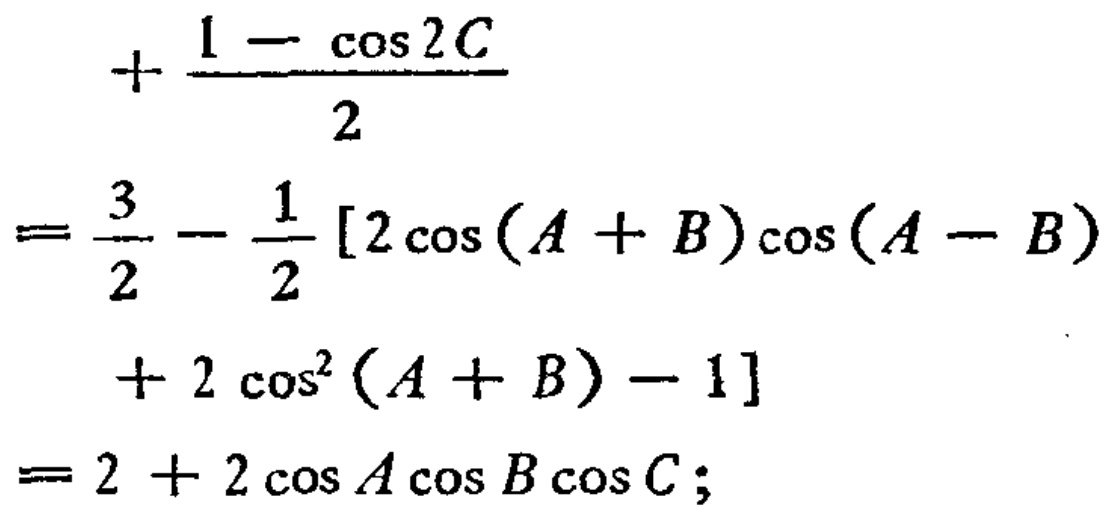
\[

\begin{align*}

&+\frac{1 - \cos 2C}{2}\\

=&\frac{3}{2}-\frac{1}{2}[2\cos(A + B)\cos(A - B)\\

&\quad+ 2\cos^{2}(A + B)-1]\\

=&2 + 2\cos A\cos B\cos C;

\end{align*}

\]